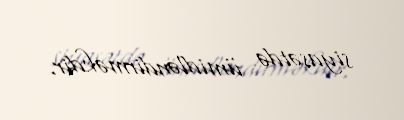
siyasətdə ümidləndirməkdir.